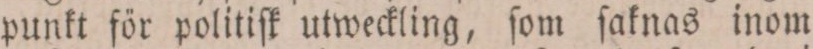
punkt för politiſk utweckling, ſom ſaknas inom